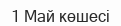
1 Май көшесі